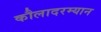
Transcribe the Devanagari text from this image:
कौलादरम्यान